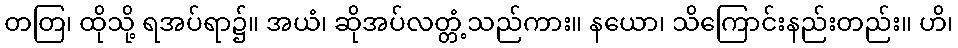
တတြ၊ ထိုသို့ ရအပ်ရာ၌။ အယံ၊ ဆိုအပ်လတ္တံ့သည်ကား။ နယော၊ သိကြောင်းနည်းတည်း။ ဟိ၊